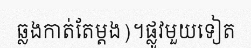
ឆ្លងកាត់តែម្តង)។ផ្លូវមួយទៀត